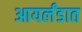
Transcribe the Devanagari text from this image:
आयर्लंडात